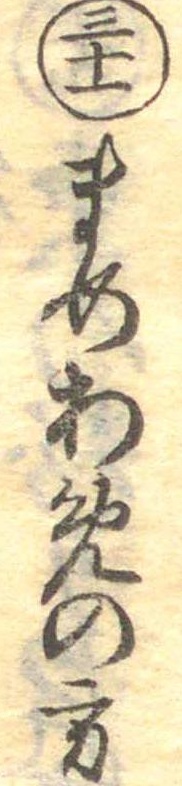
三十一まめあめの方